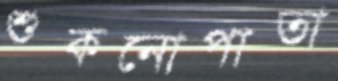
শুকনোপাতা